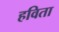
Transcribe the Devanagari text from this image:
हविता